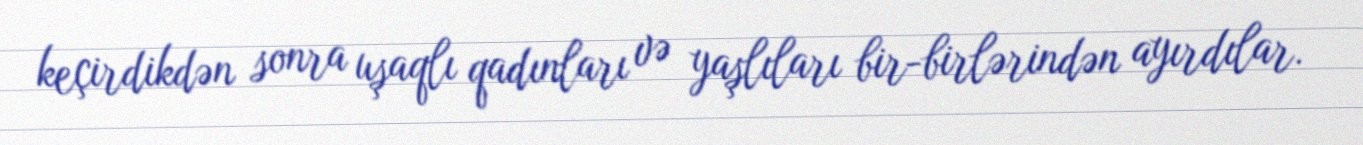
keçirdikdən sonra uşaqlı qadınları və yaşlıları bir-birlərindən ayırdılar.